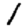
Digit: 1